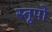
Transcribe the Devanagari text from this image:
स्‍तूपो